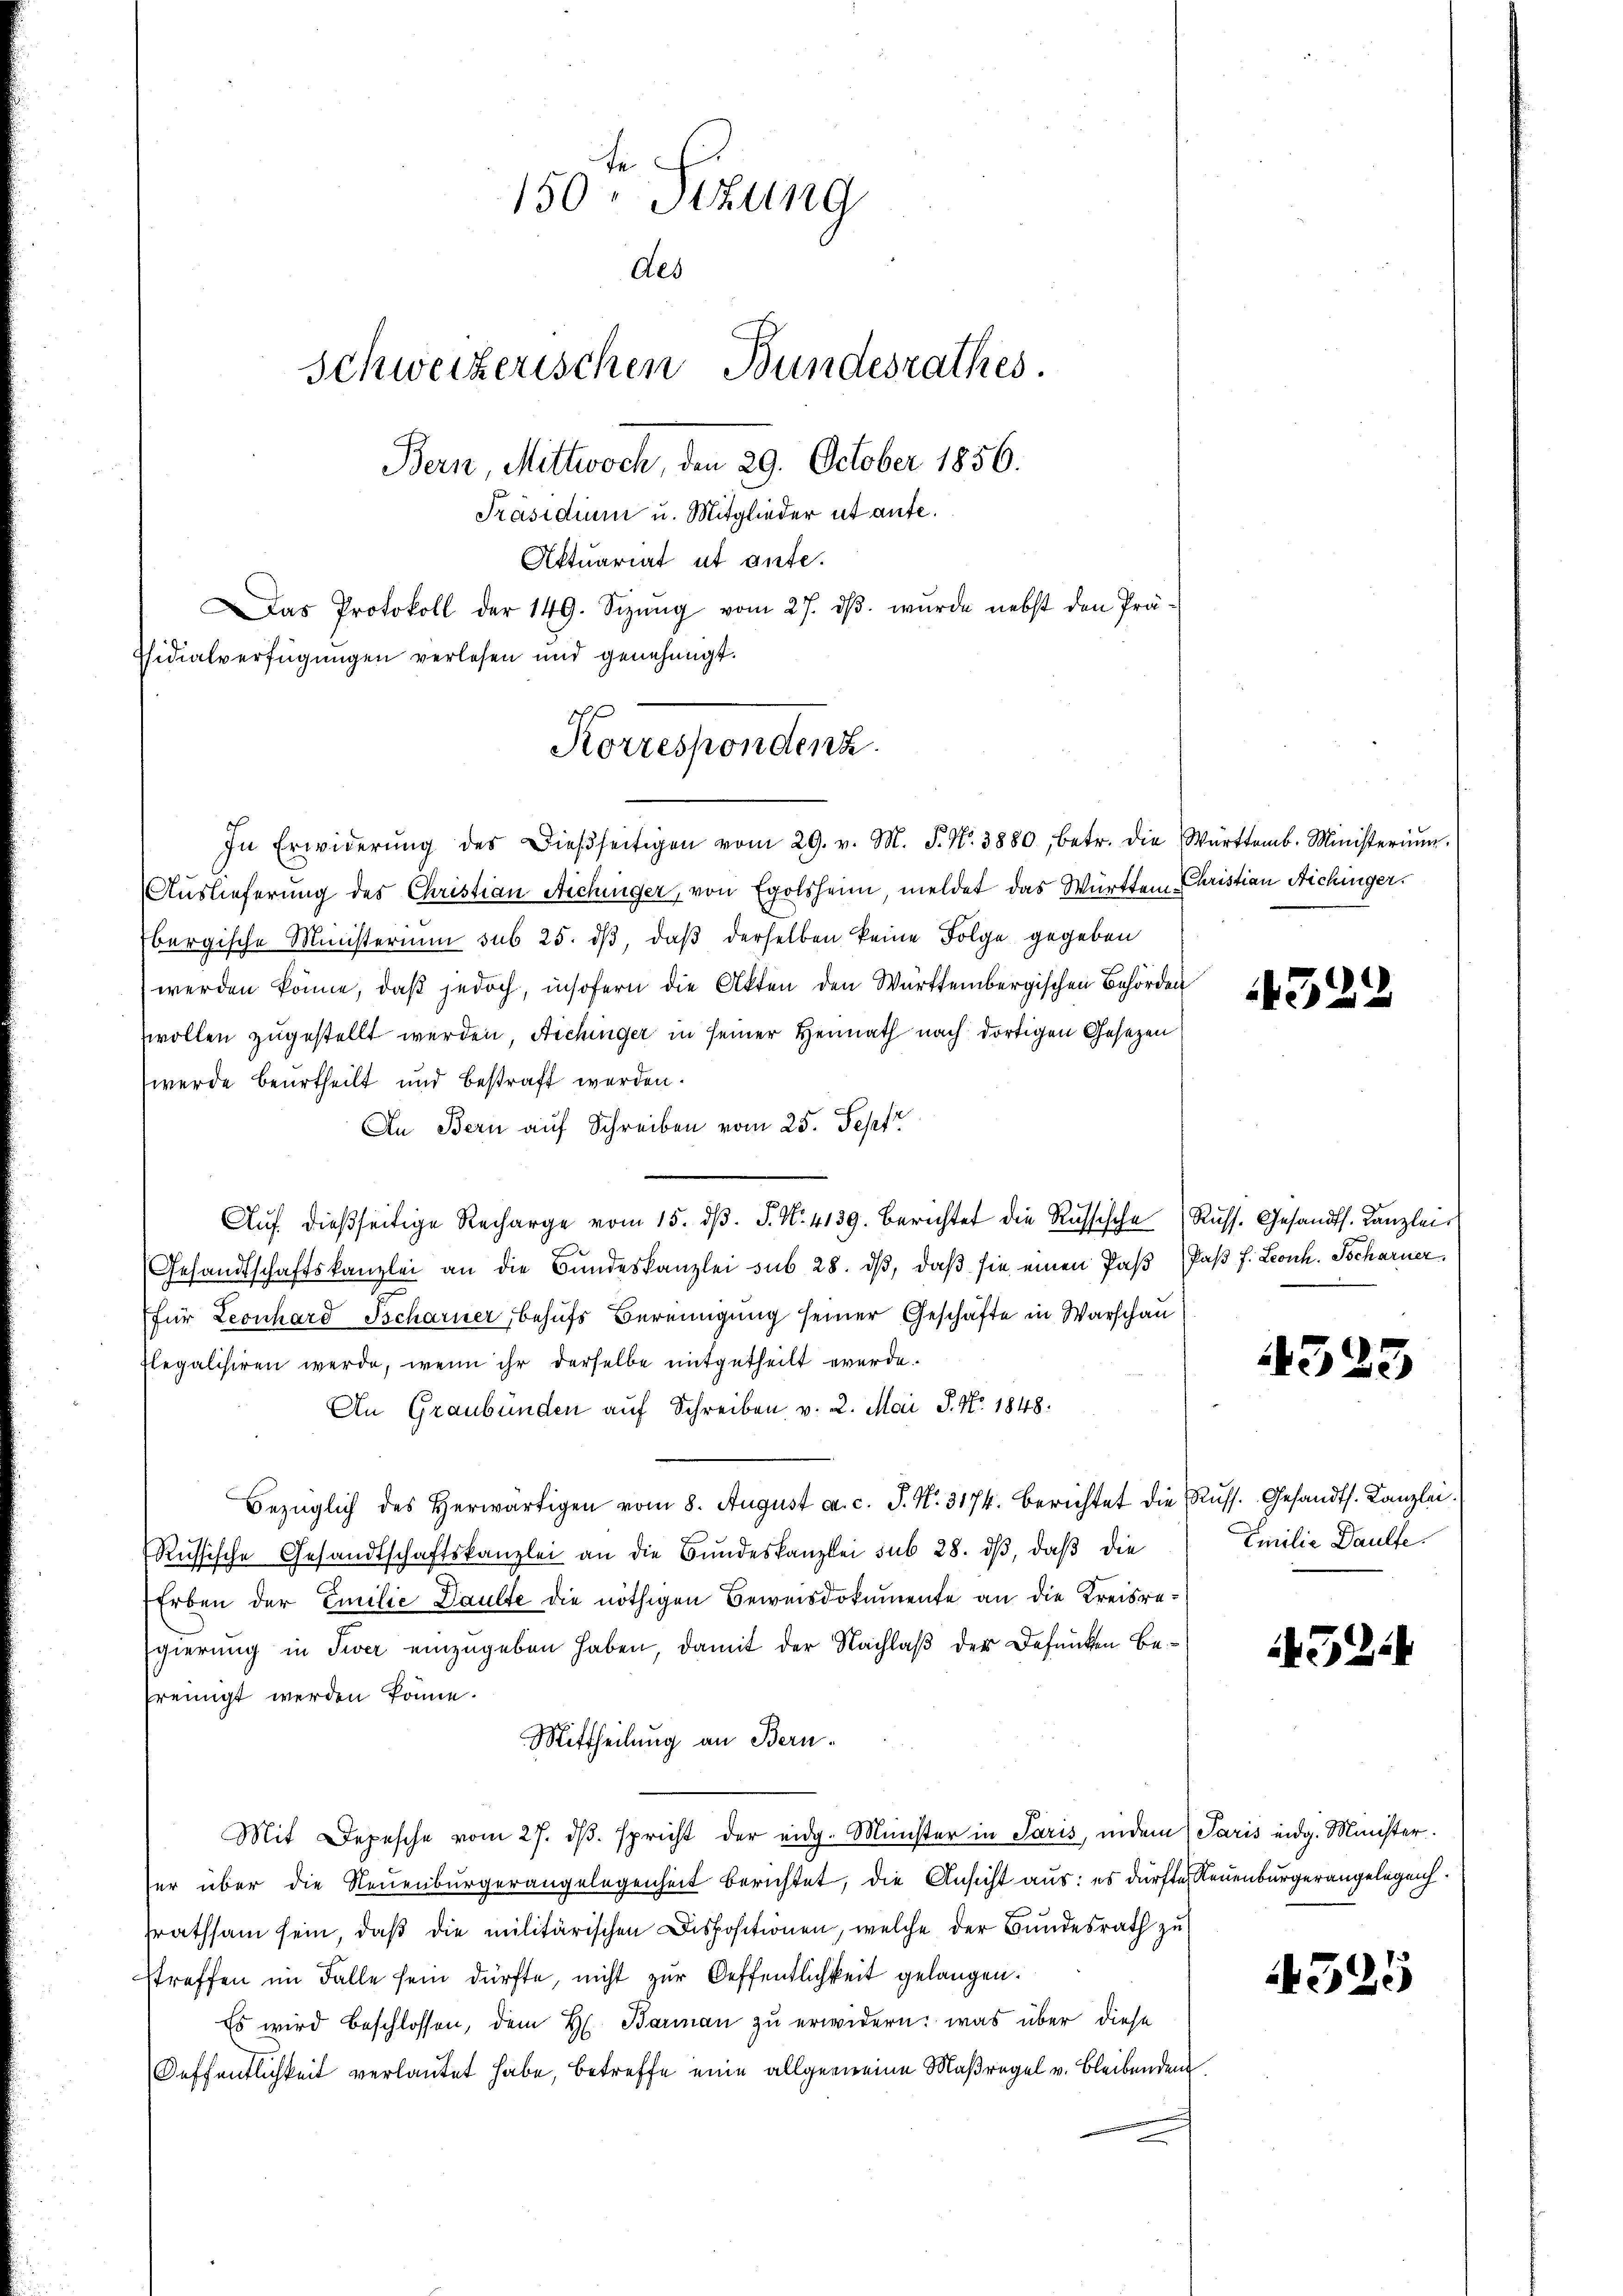
e
150. Sizung
Aes
Schweizerischen Bundesrathes.
Bern, Mittwoch, den 29. October 1856.
Präsidium u. Mitglieder ut aufe.
Aktuariat ut ante.

ssidialverfügungen verlesen und genehmigt.

Das Protokoll der 149. Sizŭng vom 27. dβ. wŭrde nebst den Prä-
In Erwiderŭng des Dieβseitigen vom 29. v. M. P. Nr. 3880, betr. die Württemb. Ministeriŭm.
Auslieferung des Christian Michinger, von Egolsheim, meldet das Württem Christian Aichinger.
bergische Ministerium sub 25. dβ, daβ derselben keine Folge gegeben
werden könne, daß jedoch, insofern die Akten den Württembergischen Behörden
wollen zugestellt werden, Aichinger in seiner Heimath nach dortigen Gesetzen
werde beurtheilt und bestraft werden.
An Bern auf Schreiben vom 25. Sept
Aŭf dießseitige Recharge vom 15. dβ. P. N. 4139. Berichtet die Russische Russ. Gesandts. Kanzleis
Gesandtschaftskanzlei an die Bundeskanzlei sub 28. dβ, daβ sie einen Paß Paβ f. Leonh. Tscharner
(für Leonhard Tscharner, behufs Bereinigung seiner Geschäfte in Warschau
Elegalisiren werde, wenn ihr derselbe mitgetheilt werde.
An Graubünden auf Schreiben, v. 2. Mai S. Nr. 1848.
Bezüglich des herwärtigen vom 8. August ca. c. J. N. 3174. berichtet die Russ. Gesandts. Kanzlei.
Russische Gesandtschaftskanzlei an die Bundeskanzlei sub 28. dβ, daβ die
Erben der Emilie Daulte die nöthigen Beweisdokumente an die Kreisre¬
Egierung in Tier einzugeben haben, damit der Nachlaß der Befunken Befreinigt werden könne.
Mittheilung an Bern.
Mit Depesche vom 27. dβ. spricht der eidg. Münster in Paris, indem Paris eidg. Minister
er über die Neuenburgerangelegenheit berichtet, die Ansicht aus: es dürfte, Neuenburgerangelegen.
srathsam sein, daβ die militärischen Dispositionen, welche der Bŭndesrath zŭ
streffen im Falle sein dürfte, nicht zur Oeffentlichkeit gelangen.
Es wird beschlossen, dem H. Barman zu erwidern; was über diese
Oeffentlichkeit verlautet habe, betreffe eine allgemeine Maßregel v. Bleibenden

Korrespondenz

322

523

Emilie Daulfe.

4524

525